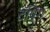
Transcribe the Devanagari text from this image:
टॅपिंग